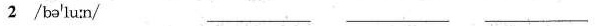
2 /bə’lu:n/ ___ ___ ___